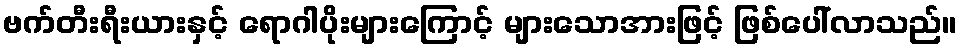
ဗက်တီးရီးယားနှင့် ရောဂါပိုးများကြောင့် များသောအားဖြင့် ဖြစ်ပေါ်လာသည်။